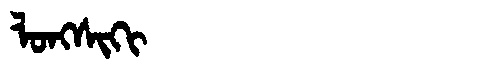
Manchu: ᠯᠣᠩᠰᡳᡴᡳ
Romanization: LONGSIKI